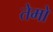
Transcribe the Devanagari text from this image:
तेमो